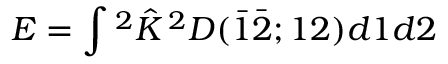
E = \int { ^ { 2 } { \hat { K } } \, ^ { 2 } D ( { \bar { 1 } } { \bar { 2 } } ; 1 2 ) d 1 d 2 }